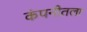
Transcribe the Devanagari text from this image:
कंपनीतला